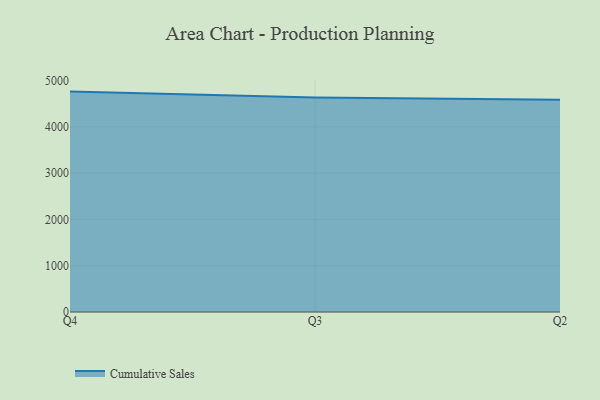
{"axis": {"x": "Quarter", "y": "Inventory Turnover"}, "legend": ["Cumulative Sales"], "data": [{"x": "Q4", "y": 4761.9, "type": "Cumulative Sales"}, {"x": "Q3", "y": 4636.8, "type": "Cumulative Sales"}, {"x": "Q2", "y": 4588.0, "type": "Cumulative Sales"}]}